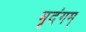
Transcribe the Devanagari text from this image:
मृदंगम्